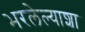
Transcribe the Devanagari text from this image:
भरलेल्याशा